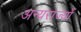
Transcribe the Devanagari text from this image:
अन्यराज्यों